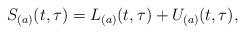
LaTeX: \begin{align*}S_{(a)}(t,\tau)=L_{(a)}(t,\tau)+U_{(a)}(t,\tau),\end{align*}